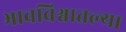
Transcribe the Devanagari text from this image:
भावविश्वातल्या